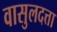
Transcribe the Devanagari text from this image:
वासुलदत्ता